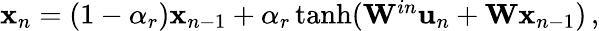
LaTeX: \begin{array}{r}{{\mathbf x}_{n}=(1-\alpha_{r}){\mathbf x}_{n-1}+\alpha_{r}\operatorname{tanh}({\mathbf W}^{in}{\mathbf u}_{n}+{\mathbf W}{\mathbf x}_{n-1})\, ,}\end{array}